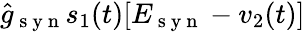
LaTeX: \hat{g}_{\mathrm{~s~y~n~}}s_{1}(t)[E_{\mathrm{~s~y~n~}}-v_{2}(t)]